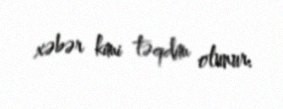
xəbər kimi təqdim olunur.